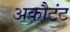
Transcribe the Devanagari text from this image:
अकौटंट